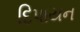
દિપાયન